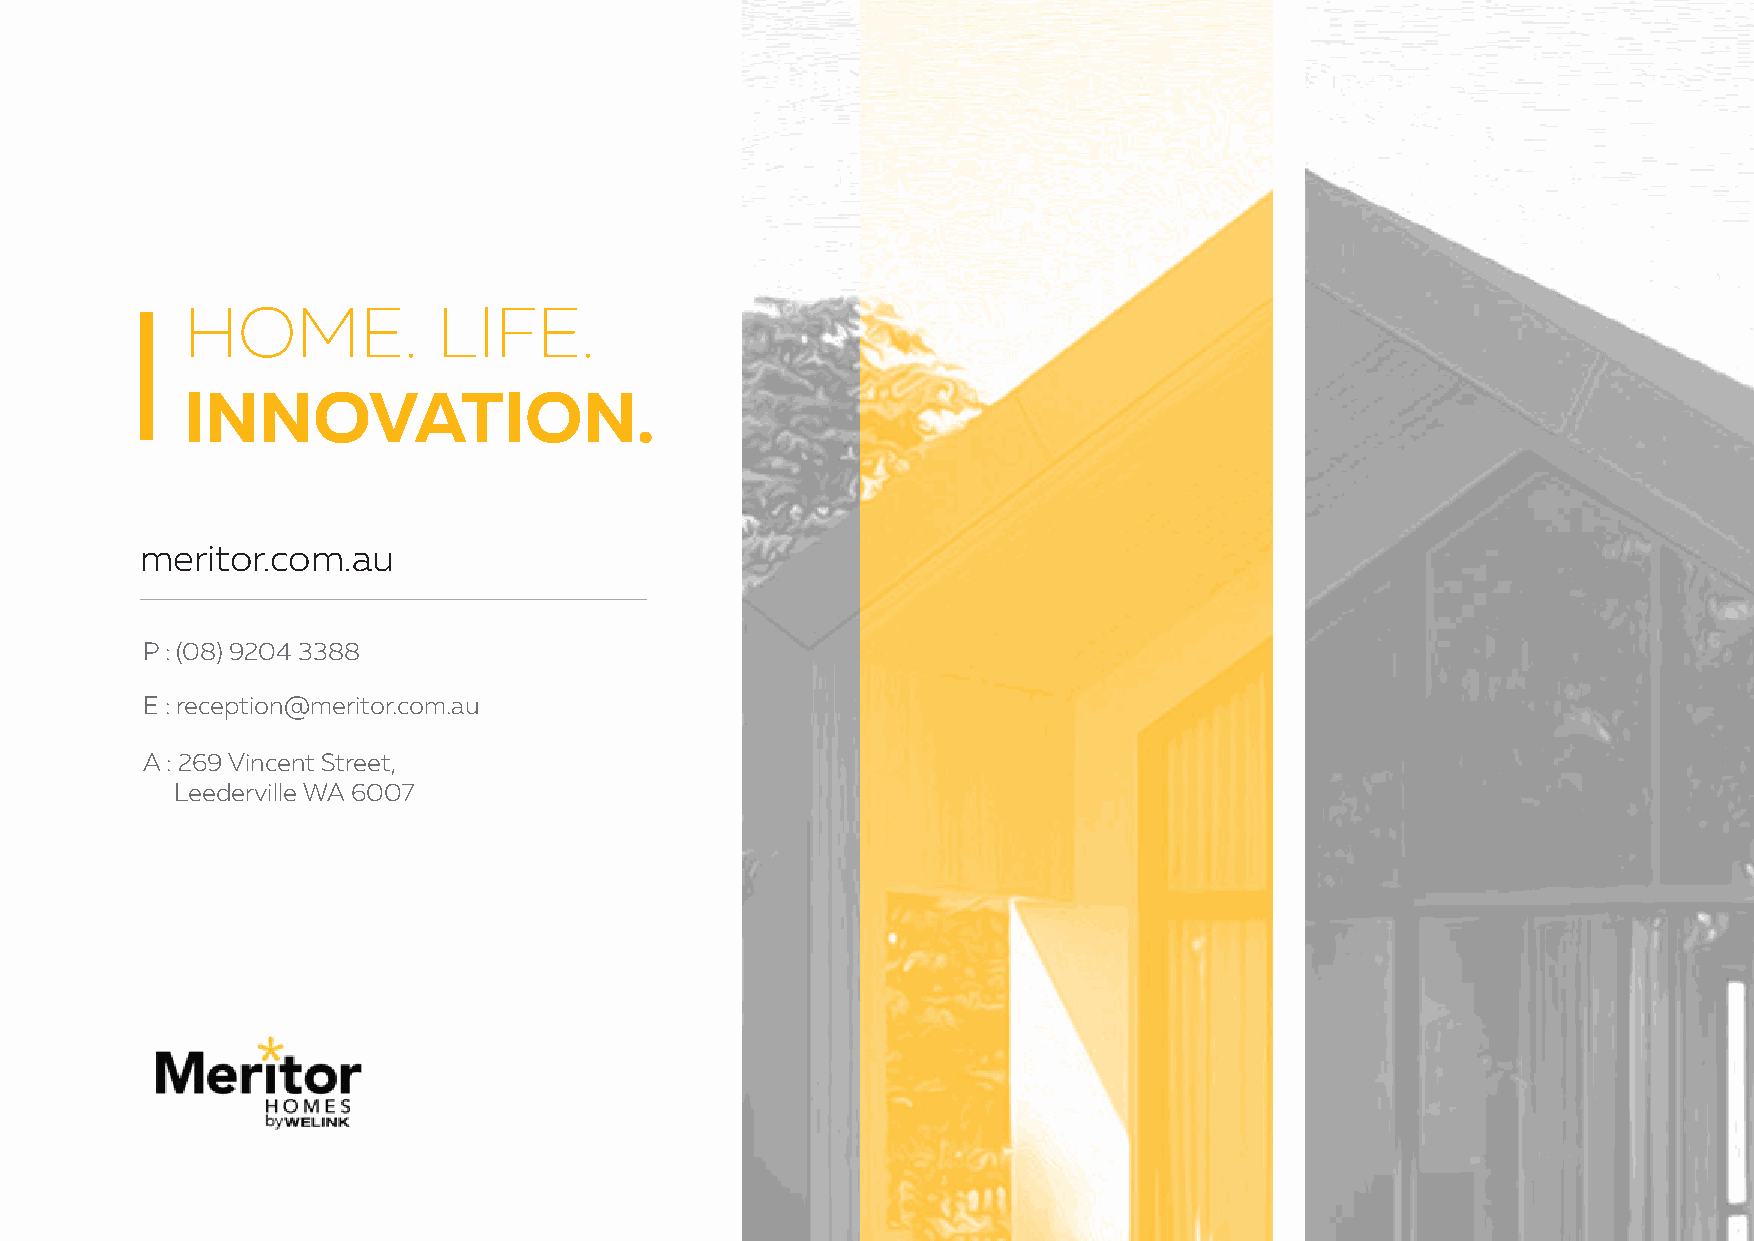
HOME.            LIFE.
 INNOVATION.
 meritor.com.au
 P : (08) 9204 3388
 E : reception@meritor.com.au
 A : 269 Vincent Street,
 Leederville WA 6007